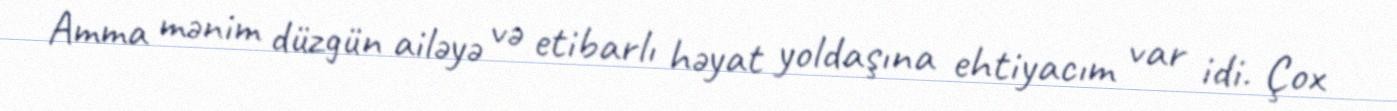
Amma mənim düzgün ailəyə və etibarlı həyat yoldaşına ehtiyacım var idi. Çox